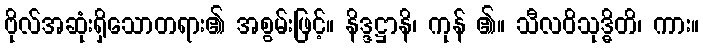
ဗိုလ်အဆုံးရှိသောတရား၏ အစွမ်းဖြင့်။ နိဒ္ဒဋ္ဌာနိ၊ ကုန် ၏။ သီလဝိသုဒ္ဓိတိ၊ ကား။